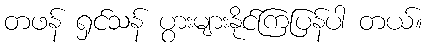
တဖန် ရှင်သန် ပွားများနိုင်ကြပြန်ပါ တယ်။